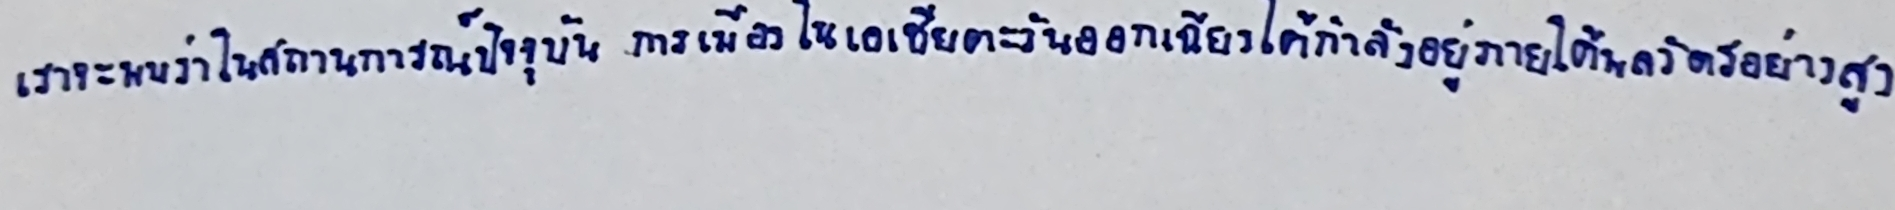
เราจะพบว่าในสถานการณ์ปัจจุบันการเมืองในเอเชียตะวันออกเฉียงใต้กำลังอยู่ภายใต้พลวัตรอย่างสูง